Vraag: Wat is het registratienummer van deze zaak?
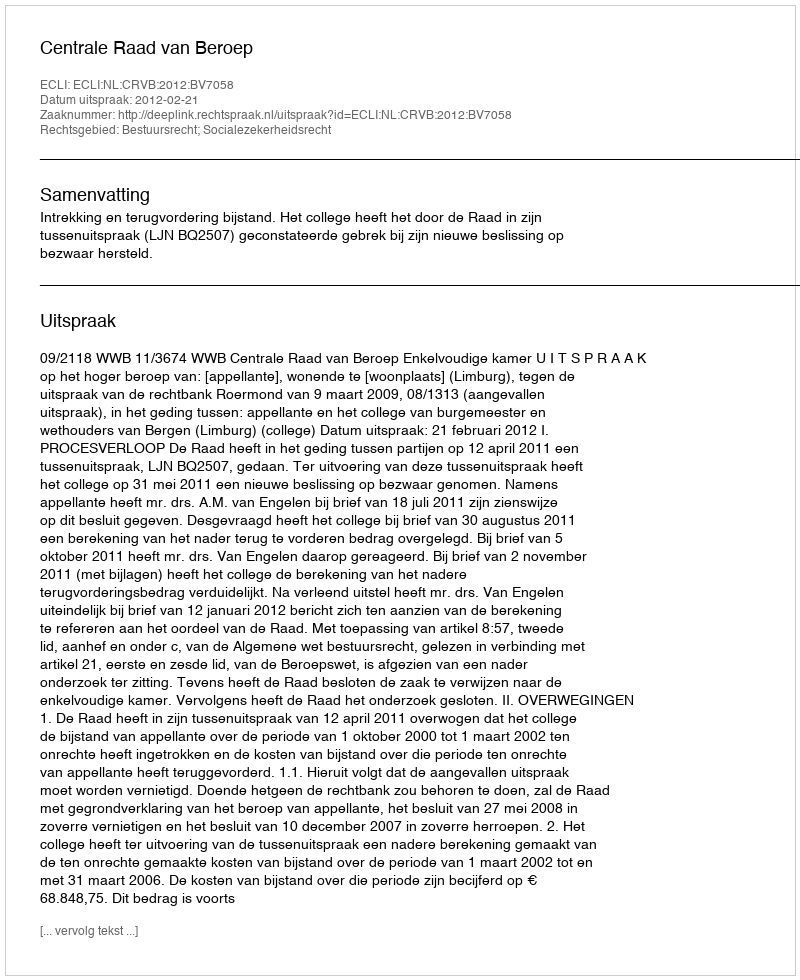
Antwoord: http://deeplink.rechtspraak.nl/uitspraak?id=ECLI:NL:CRVB:2012:BV7058